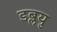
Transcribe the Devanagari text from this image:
डब्लयु